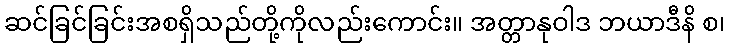
ဆင်ခြင်ခြင်းအစရှိသည်တို့ကိုလည်းကောင်း။ အတ္တာနုဝါဒ ဘယာဒီနိ စ၊